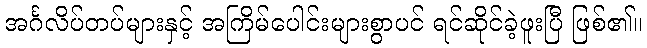
အင်္ဂလိပ်တပ်များနှင့် အကြိမ်ပေါင်းများစွာပင် ရင်ဆိုင်ခဲ့ဖူးပြီ ဖြစ်၏။